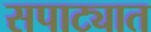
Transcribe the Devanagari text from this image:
सपाट्यात